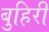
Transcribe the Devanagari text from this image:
बुहिरी